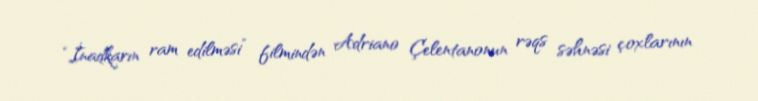
“İnadkarın ram edilməsi” filmindən Adriano Çelentanonun rəqs səhnəsi çoxlarının